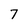
Character: 7